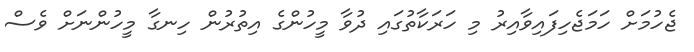
ޖެހުމަށް ހަމަޖެހިފައިވާއިރު މި ހަރަކާތުގައި ދުވާ މީހުންގެ އިތުރުން ހިނގާ މީހުންނަށް ވެސް